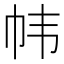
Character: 帏